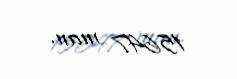
15647 man.